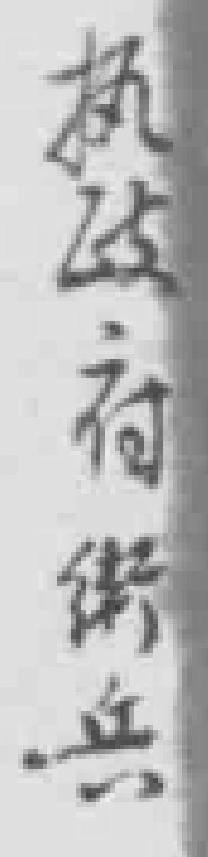
执政府街兵